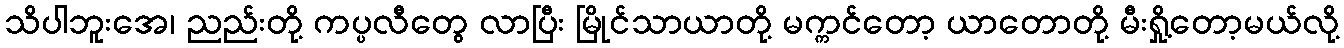
သိပါဘူးအေ၊ ညည်းတို့ ကပ္ပလီတွေ လာပြီး မြိုင်သာယာတို့ မက္ကင်တော့ ယာတောတို့ မီးရှို့တော့မယ်လို့